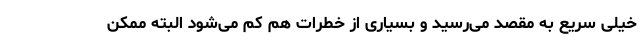
خیلی سریع به مقصد می‌رسید و بسیاری از خطرات هم کم می‌شود البته ممکن